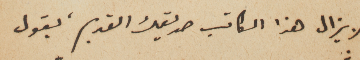
فلا يزال هذا الكاتب صديقك القديم، يقول